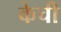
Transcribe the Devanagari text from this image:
केची